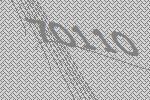
70110